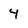
Character: 4